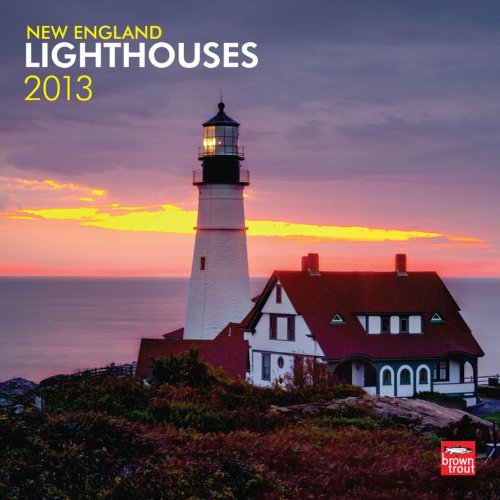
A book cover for New England Lighthouses 2013 Square 12X12 Wall; Browntrout Publishers; Calendars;